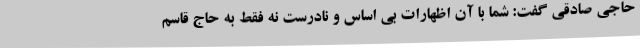
حاجی صادقی گفت: شما با آن اظهارات بی اساس و نادرست نه فقط به حاج قاسم